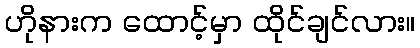
ဟိုနားက ထောင့်မှာ ထိုင်ချင်လား။